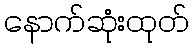
နောက်ဆုံးထုတ်